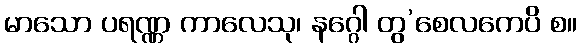
မာသော ပရဏ္ဏ ကာလေသု၊ နဂ္ဂေါ တွ’စေလကေပိ စ။